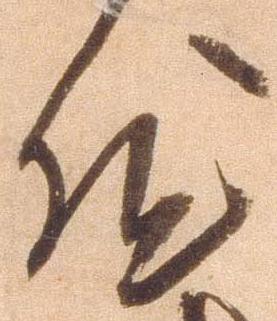
然